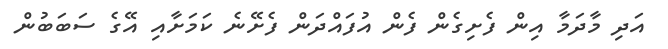
އަދި މާދަމާ އިން ފެށިގެން ފެން އުފައްދަން ފެށޭނެ ކަމަށާއި އޭގެ ސަަބަބުން